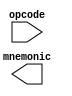
/*
 *
 * (C) Arlet Ottens, <arlet@c-scape.nl>
 * 24-bit address changes (C) Luni Libes, <https://www.lunarmobiscuit.com/the-apple-4-or-the-mos-652402/>
 *
 */

module disas(
    input [7:0] opcode,
    output reg [23:0] mnemonic );

`ifdef SIM

always @*
    casez( opcode )
            8'b0000_0000: mnemonic = "BRK";
            8'b0000_1000: mnemonic = "PHP";
            8'b0001_0010: mnemonic = "ORA";
            8'b0011_0010: mnemonic = "AND";
            8'b0101_0010: mnemonic = "EOR";
            8'b0111_0010: mnemonic = "ADC";
            8'b1001_0010: mnemonic = "STA";
            8'b1011_0010: mnemonic = "LDA";
            8'b1101_0010: mnemonic = "CMP";
            8'b1111_0010: mnemonic = "SBC";
            8'b011?_0100: mnemonic = "STZ";
            8'b1001_11?0: mnemonic = "STZ";
            8'b0101_1010: mnemonic = "PHY";
            8'b1101_1010: mnemonic = "PHX";
            8'b0111_1010: mnemonic = "PLY";
            8'b1111_1010: mnemonic = "PLX";
            8'b000?_??01: mnemonic = "ORA";
            8'b0001_0000: mnemonic = "BPL";
            8'b0001_1010: mnemonic = "INA";
            8'b000?_??10: mnemonic = "ASL";
            8'b0001_1000: mnemonic = "CLC";
            8'b0010_0000: mnemonic = "JSR";
            8'b0010_1000: mnemonic = "PLP";
            8'b001?_?100: mnemonic = "BIT";
            8'b1000_1001: mnemonic = "BIT";
            8'b001?_??01: mnemonic = "AND";
            8'b0011_0000: mnemonic = "BMI";
            8'b0011_1010: mnemonic = "DEA";
            8'b001?_??10: mnemonic = "ROL";
            8'b0011_1000: mnemonic = "SEC";
            8'b0100_0000: mnemonic = "RTI";
            8'b0100_1000: mnemonic = "PHA";
            8'b010?_??01: mnemonic = "EOR";
            8'b0101_0000: mnemonic = "BVC";
            8'b010?_??10: mnemonic = "LSR";
            8'b0101_1000: mnemonic = "CLI";
            8'b01??_1100: mnemonic = "JMP";
            8'b0110_0000: mnemonic = "RTS";
            8'b0110_1000: mnemonic = "PLA";
            8'b011?_??01: mnemonic = "ADC";
            8'b0111_0000: mnemonic = "BVS";
            8'b011?_??10: mnemonic = "ROR";
            8'b0111_1000: mnemonic = "SEI";
            8'b1000_0000: mnemonic = "BRA";
            8'b1000_1000: mnemonic = "DEY";
            8'b1000_?100: mnemonic = "STY";
            8'b1001_0100: mnemonic = "STY";
            8'b1000_1010: mnemonic = "TXA";
            8'b1001_0010: mnemonic = "STA";
            8'b100?_??01: mnemonic = "STA";
            8'b1001_0000: mnemonic = "BCC";
            8'b1001_1000: mnemonic = "TYA";
            8'b1001_1010: mnemonic = "TXS";
            8'b100?_?110: mnemonic = "STX";
            8'b1010_0000: mnemonic = "LDY";
            8'b1010_1000: mnemonic = "TAY";
            8'b1010_1010: mnemonic = "TAX";
            8'b101?_??01: mnemonic = "LDA";
            8'b1011_0000: mnemonic = "BCS";
            8'b101?_?100: mnemonic = "LDY";
            8'b1011_1000: mnemonic = "CLV";
            8'b1011_1010: mnemonic = "TSX";
            8'b101?_?110: mnemonic = "LDX";
            8'b1010_0010: mnemonic = "LDX";
            8'b1100_0000: mnemonic = "CPY";
            8'b1100_1000: mnemonic = "INY";
            8'b1100_?100: mnemonic = "CPY";
            8'b1100_1010: mnemonic = "DEX";
            8'b110?_??01: mnemonic = "CMP";
            8'b1101_0000: mnemonic = "BNE";
            8'b1101_1000: mnemonic = "CLD";
            8'b110?_?110: mnemonic = "DEC";
            8'b1110_0000: mnemonic = "CPX";
            8'b1110_1000: mnemonic = "INX";
            8'b1110_?100: mnemonic = "CPX";
            8'b1110_1010: mnemonic = "NOP";
            8'b111?_??01: mnemonic = "SBC";
            8'b1111_0000: mnemonic = "BEQ";
            8'b1111_1000: mnemonic = "SED";
            8'b111?_?110: mnemonic = "INC";
            8'b1101_1011: mnemonic = "STP";
            8'b0000_?100: mnemonic = "TSB";
            8'b0001_?100: mnemonic = "TRB";

            8'b0000_1111: mnemonic = "CPU";     // CPU features
            8'b0001_1111: mnemonic = "A24";     // 24-bit address bus

            default:      mnemonic = "___";
    endcase

`endif

endmodule